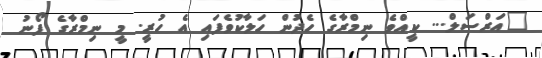
"އަރްސަލް... ކީއްވެ ނިމްރާގެ ހެދުން ހަލާކުވެފައި އެ ހުރީ. މީ ނިމްރާގެ ފޯނު